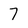
Character: 7